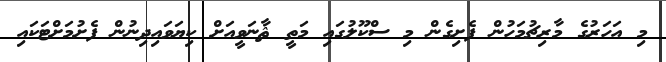
މި އަހަރުގެ މާރިޗުމަހުން ފެށިގެން މި ސްކޫލުގައި މަތީ ޘާނަވީއަށް ކިޔަވައިދިނުން ފެށުމަށްޓަކައި